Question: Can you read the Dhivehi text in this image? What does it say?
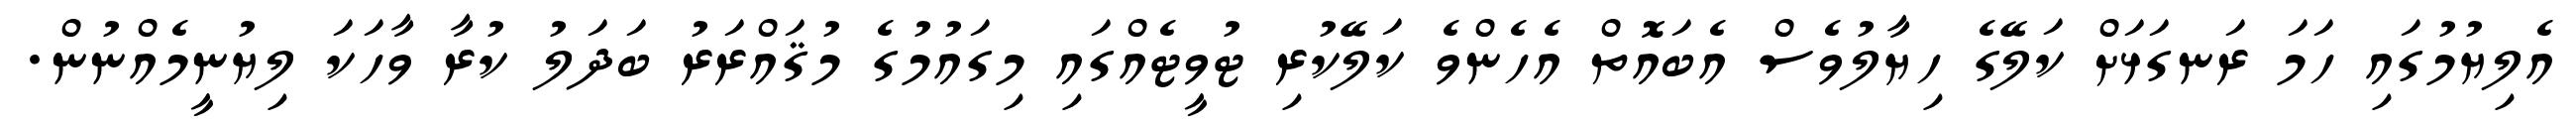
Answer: އެލިޔުމުގައި ހަމަ ރަނގަޅަށް ކަލޭގެ ހިޔާލުވެސް އެބައޮތް އެހެންވެ ކަލޭކުރި ޓުވީޓެއްގައި މިގައުމުގެ މުޤައްރަރު ބަދަލު ކުރާ ވާހަކަ ލިޔުނީމެއްނުން.